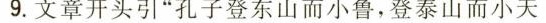
9.文章开头引“孔子登东山而小鲁,登泰山而小天